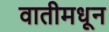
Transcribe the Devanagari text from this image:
वातीमधून